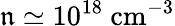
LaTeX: \mathfrak{n}\simeq10^{18}~\mathrm{{cm}}^{-3}